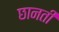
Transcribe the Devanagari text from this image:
छानती